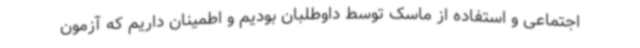
اجتماعی و استفاده از ماسک توسط داوطلبان بودیم و اطمینان داریم که آزمون